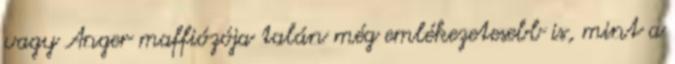
vagy Anger maffiózója talán még emlékezetesebb is, mint a